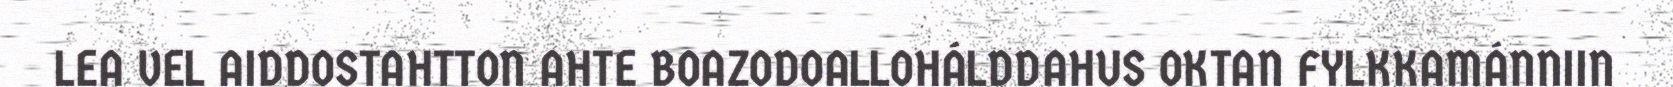
LEA VEL AIDDOSTAHTTON AHTE BOAZODOALLOHÁLDDAHUS OKTAN FYLKKAMÁNNIIN